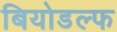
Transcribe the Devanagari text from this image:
बियोडल्फ